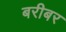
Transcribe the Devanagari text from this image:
बरीबर